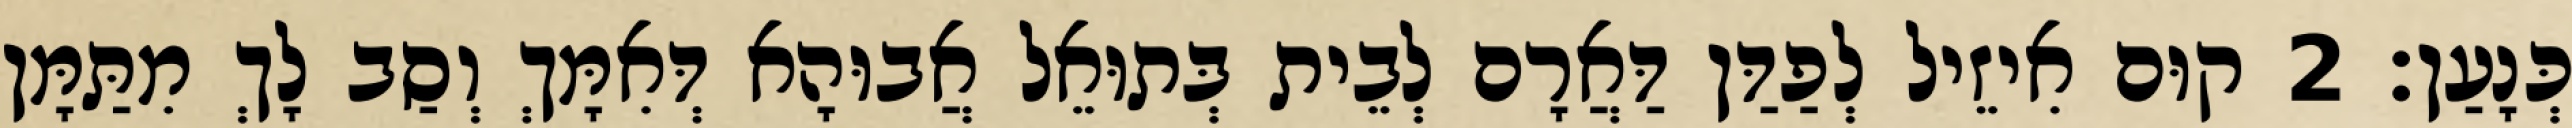
כְּנָעַן׃ 2 קוּם אִיזֵיל לְפַדַּן דַּאֲרָם לְבֵית בְּתוּאֵל אֲבוּהָא דְּאִמָּךְ וְסַב לָךְ מִתַּמָּן